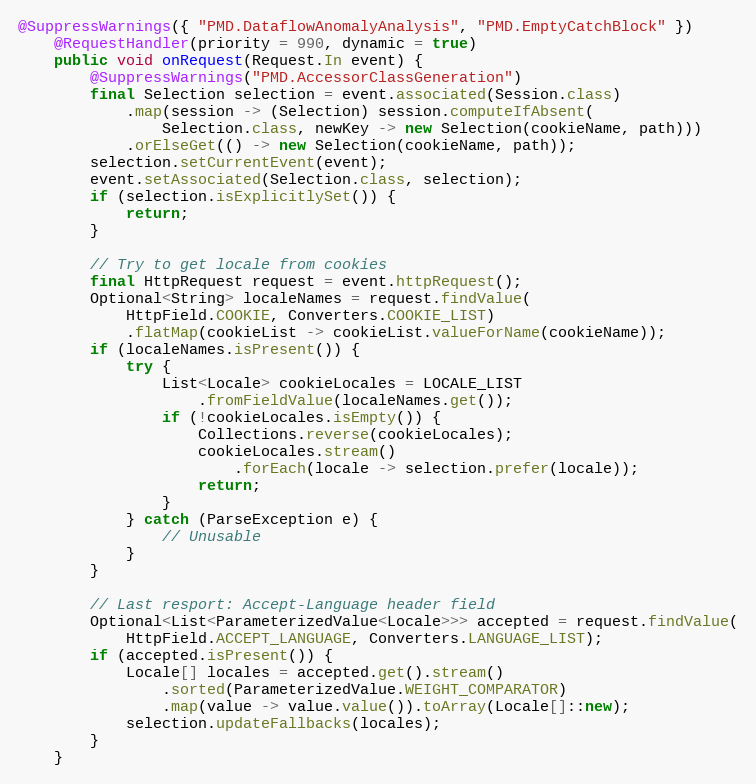
Language: Java
@SuppressWarnings({ "PMD.DataflowAnomalyAnalysis", "PMD.EmptyCatchBlock" })
    @RequestHandler(priority = 990, dynamic = true)
    public void onRequest(Request.In event) {
        @SuppressWarnings("PMD.AccessorClassGeneration")
        final Selection selection = event.associated(Session.class)
            .map(session -> (Selection) session.computeIfAbsent(
                Selection.class, newKey -> new Selection(cookieName, path)))
            .orElseGet(() -> new Selection(cookieName, path));
        selection.setCurrentEvent(event);
        event.setAssociated(Selection.class, selection);
        if (selection.isExplicitlySet()) {
            return;
        }

        // Try to get locale from cookies
        final HttpRequest request = event.httpRequest();
        Optional<String> localeNames = request.findValue(
            HttpField.COOKIE, Converters.COOKIE_LIST)
            .flatMap(cookieList -> cookieList.valueForName(cookieName));
        if (localeNames.isPresent()) {
            try {
                List<Locale> cookieLocales = LOCALE_LIST
                    .fromFieldValue(localeNames.get());
                if (!cookieLocales.isEmpty()) {
                    Collections.reverse(cookieLocales);
                    cookieLocales.stream()
                        .forEach(locale -> selection.prefer(locale));
                    return;
                }
            } catch (ParseException e) {
                // Unusable
            }
        }

        // Last resport: Accept-Language header field
        Optional<List<ParameterizedValue<Locale>>> accepted = request.findValue(
            HttpField.ACCEPT_LANGUAGE, Converters.LANGUAGE_LIST);
        if (accepted.isPresent()) {
            Locale[] locales = accepted.get().stream()
                .sorted(ParameterizedValue.WEIGHT_COMPARATOR)
                .map(value -> value.value()).toArray(Locale[]::new);
            selection.updateFallbacks(locales);
        }
    }